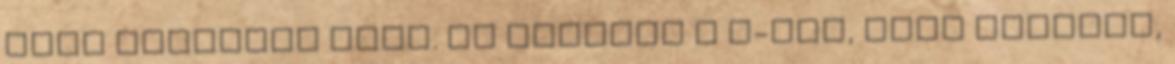
tuti cserélni kell. Ma leadtam a T-nél, majd kiderül,